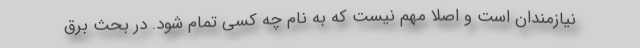
نیازمندان است و اصلا مهم نیست که به نام چه کسی تمام شود. در بحث برق